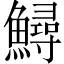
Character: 鱘